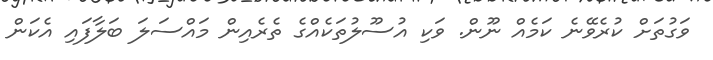
ވަގުތަށް ކުރެވޭނެ ކަމެއް ނޫން. ވަކި އުސޫލުތަކެއްގެ ތެރެއިން މައްސަލަ ބަލާފައި އެކަން